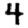
Digit: 4